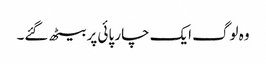
وہ لوگ ایک چار پائی پر بیٹھ گئے۔